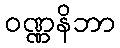
ဝဏ္ဏနိဘာ